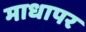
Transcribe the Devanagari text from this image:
माधापर